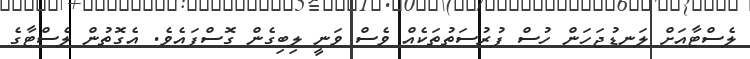
ލެސްޓާއަށް ލަނޑުޖަހަން ހުސް ފުރުސަތުތަކެއް ވެސް ވަނީ ލިބިގެން ގޮސްފައެވެ. އެގޮތުން ލެސްޓާގެ